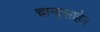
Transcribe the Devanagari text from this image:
चान्द्साहेब